Civil Veterinary Dept. Assam report 1927-50 - 1927-1950
Year: 1927
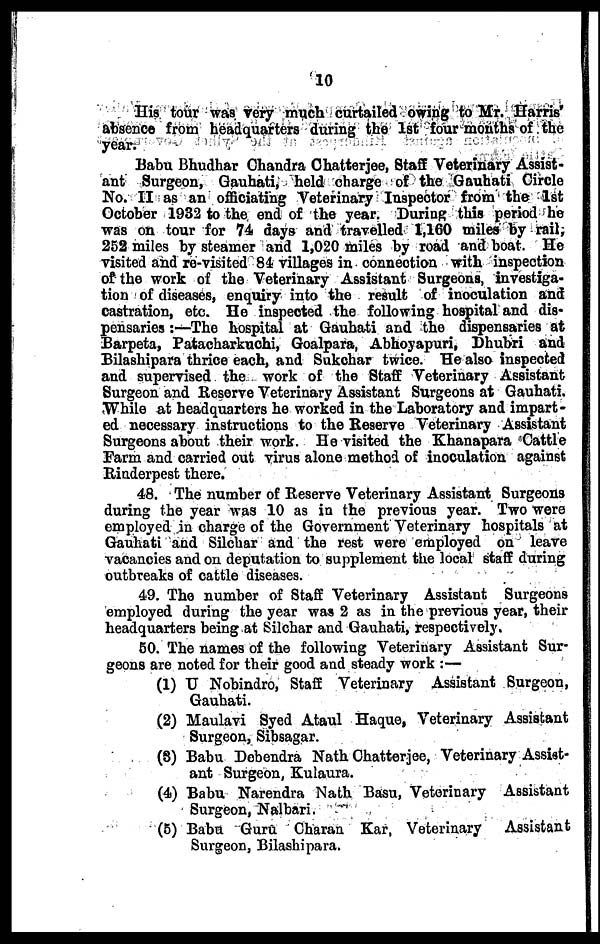
10
His tour was very much curtailed owing to Mr. Harris'
absence from headquarters during the 1st four months of the
year.
Babu Bhudhar Chandra Chatterjee, Staff Veterinary Assist-
ant Surgeon, Gauhati, held charge of the Gauhati Circle
No. II as an officiating Veterinary Inspector from the 1st
October 1932 to the end of the year. During this period he
was on tour for 74 days and travelled 1,160 miles by rail,
252 miles by steamer and 1,020 miles by road and boat. He
visited and re-visited 84 villages in connection with inspection
of the work of the Veterinary Assistant Surgeons, investiga-
tion of diseases, enquiry into the result of inoculation and
castration, etc. He inspected the following hospital and dis-
pensaries :—The hospital at Gauhati and the dispensaries at
Barpeta, Patacharkuchi, Goalpara, Abhoyapuri, Dhubri and
Bilashipara thrice each, and Sukchar twice. He also inspected
and supervised the work of the Staff Veterinary Assistant
Surgeon and Reserve Veterinary Assistant Surgeons at Gauhati.
While at headquarters he worked in the Laboratory and impart-
ed necessary instructions to the Reserve Veterinary Assistant
Surgeons about their work. He visited the Khanapara Cattle
Farm and carried out virus alone method of inoculation against
Rinderpest there.
48. The number of Reserve Veterinary Assistant Surgeons
during the year was 10 as in the previous year. Two were
employed in charge of the Government Veterinary hospitals at
Gauhati and Silchar and the rest were employed on leave
vacancies and on deputation to supplement the local staff during
outbreaks of cattle diseases.
49. The number of Staff Veterinary Assistant Surgeons
employed during the year was 2 as in the previous year, their
headquarters being at Silchar and Gauhati, respectively.
50. The names of the following Veterinary Assistant Sur-
geons are noted for their good and steady work :—
(1) U Nobindro, Staff Veterinary Assistant Surgeon,
Gauhati.
(2) Maulavi Syed Ataul Haque, Veterinary Assistant
Surgeon, Sibsagar.
(8) Babu Dobendra Nath Chatterjee, Veterinary Assist-
ant Surgeon, Kulaura.
(4) Babu Narendra Nath Basu, Veterinary Assistant
Surgeon, Nalbari.
(5) Babu Guru Charau Kar, Veterinary Assistant
Surgeon, Bilashipara.